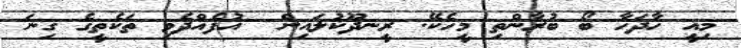
މިއީ ހާދަހާ ބޯ ބުރާންތި މީހެކޭ. ރީނދޫކުލައިން  އުފެއްދެވި ތަކެތީގެ ގިނަ